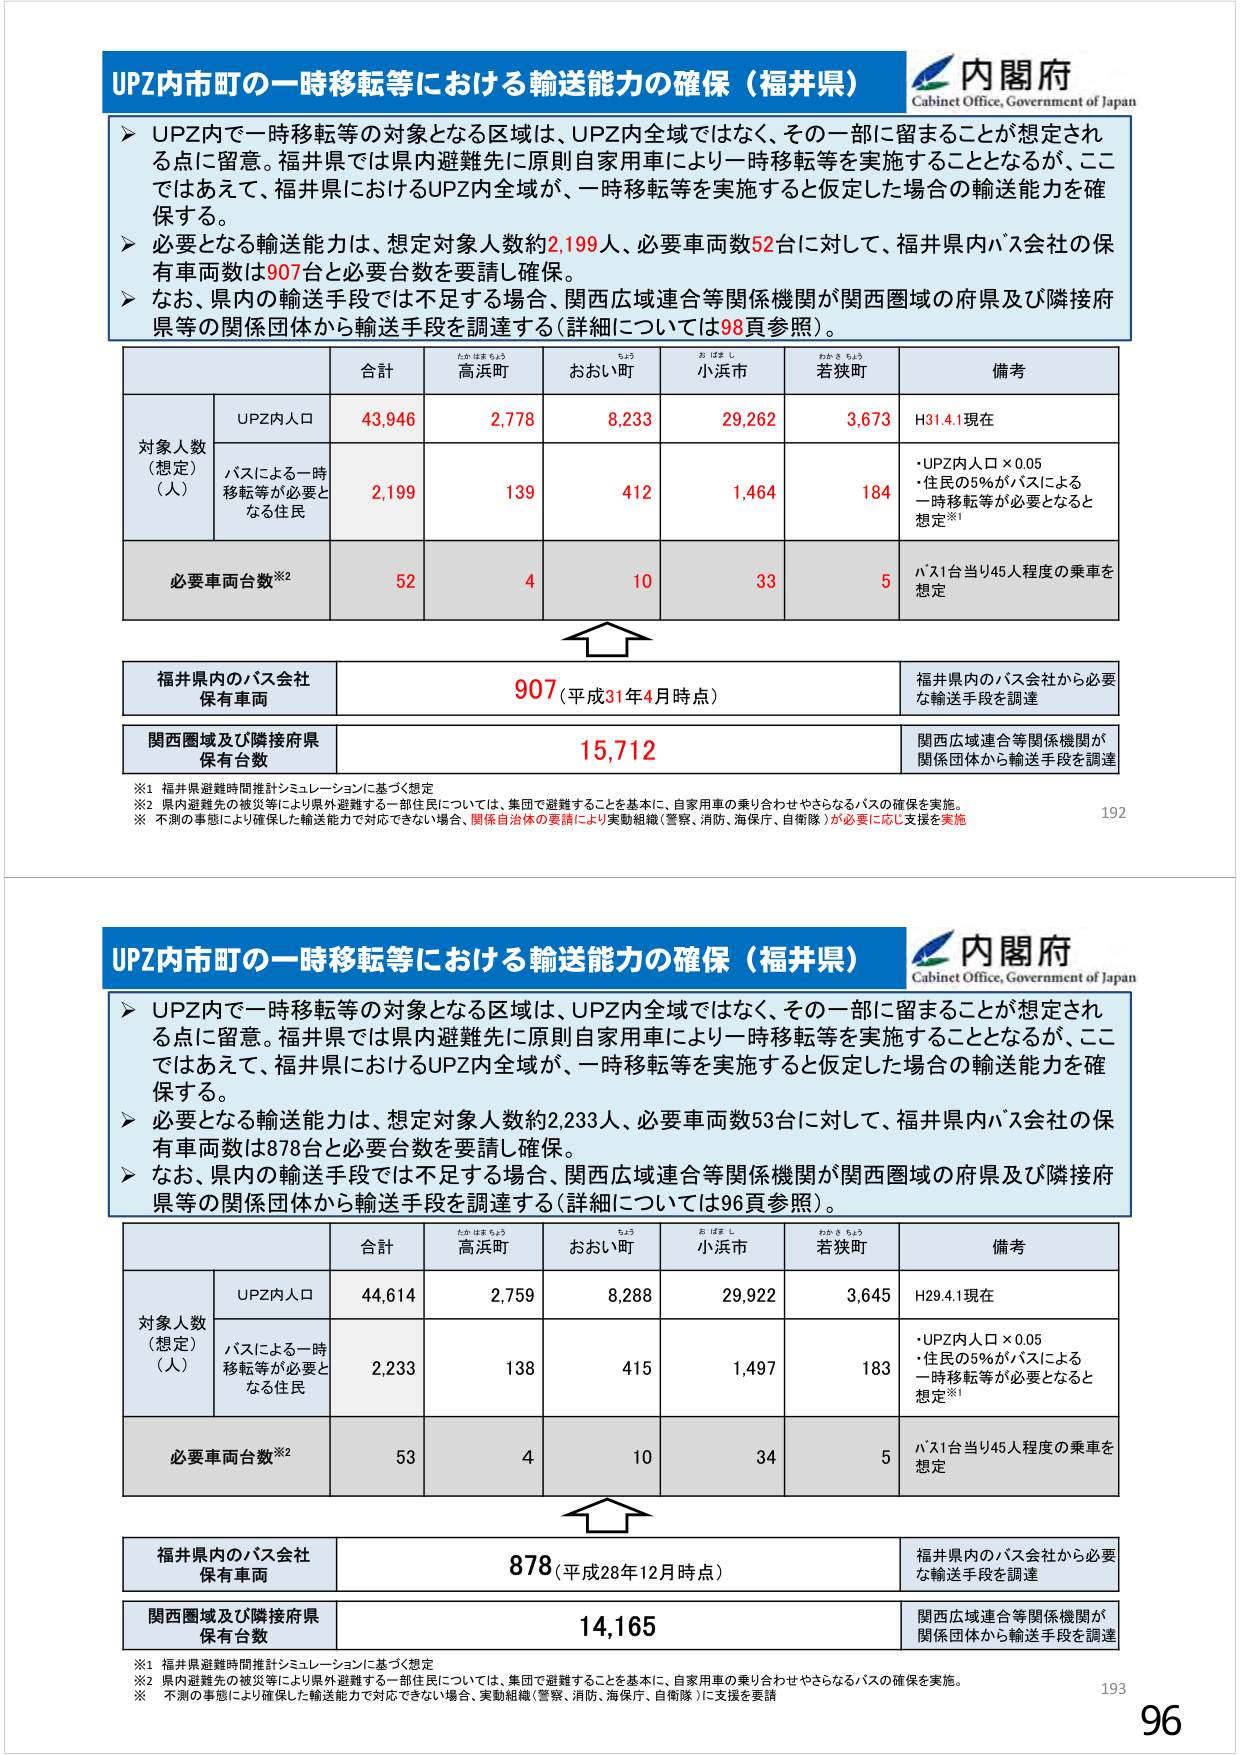
UPZ内市町の一時移転等における輸送能力の確保（福井県）
内閣府
Cabinet Office, Government of Japan

➤ UPZ内で一時移転等の対象となる区域は、UPZ内全域ではなく、その一部に留まることが想定される点に留意。福井県では県内避難先に原則自家用車により一時移転等を実施することとなるが、ここではあえて、福井県におけるUPZ内全域が、一時移転等を実施すると仮定した場合の輸送能力を確保する。
➤ 必要となる輸送能力は、想定対象人数約2,199人、必要車両数52台に対して、福井県内バス会社の保有車両数は907台と必要台数を要請し確保。
➤ なお、県内の輸送手段では不足する場合、関西広域連合等関係機関が関西圏域の府県及び隣接府県等の関係団体から輸送手段を調達する（詳細については98頁参照）。

| | 合計 | 高浜町 | おおい町 | 小浜市 | 若狭町 | 備考 |
|---|---|---|---|---|---|---|
| 対象人数（想定）（人） | | | | | | |
| UPZ内人口 | 43,946 | 2,778 | 8,233 | 29,262 | 3,673 | H31.4.1現在 |
| バスによる一時移転等が必要となる住民 | 2,199 | 139 | 412 | 1,464 | 184 | ・UPZ内人口×0.05<br>・住民の5%がバスによる一時移転等が必要となると想定※1 |
| 必要車両台数※2 | 52 | 4 | 10 | 33 | 5 | バス1台当り45人程度の乗車を想定 |

福井県内のバス会社保有車両　907（平成31年4月時点）　福井県内のバス会社から必要な輸送手段を調達
関西圏域及び隣接府県保有台数　15,712　関西広域連合等関係機関が関係団体から輸送手段を調達

※1 福井県避難時間推計シミュレーションに基づく想定
※2 県内避難先の被災等により県外避難する一部住民については、集団で避難することを基本に、自家用車の乗り合わせやさらなるバスの確保を実施。
※ 不測の事態により確保した輸送能力で対応できない場合、関係自治体の要請により実動組織（警察、消防、海保庁、自衛隊）が必要に応じ支援を実施

192

UPZ内市町の一時移転等における輸送能力の確保（福井県）
内閣府
Cabinet Office, Government of Japan

➤ UPZ内で一時移転等の対象となる区域は、UPZ内全域ではなく、その一部に留まることが想定される点に留意。福井県では県内避難先に原則自家用車により一時移転等を実施することとなるが、ここではあえて、福井県におけるUPZ内全域が、一時移転等を実施すると仮定した場合の輸送能力を確保する。
➤ 必要となる輸送能力は、想定対象人数約2,233人、必要車両数53台に対して、福井県内バス会社の保有車両数は878台と必要台数を要請し確保。
➤ なお、県内の輸送手段では不足する場合、関西広域連合等関係機関が関西圏域の府県及び隣接府県等の関係団体から輸送手段を調達する（詳細については96頁参照）。

| | 合計 | 高浜町 | おおい町 | 小浜市 | 若狭町 | 備考 |
|---|---|---|---|---|---|---|
| 対象人数（想定）（人） | | | | | | |
| UPZ内人口 | 44,614 | 2,759 | 8,288 | 29,922 | 3,645 | H29.4.1現在 |
| バスによる一時移転等が必要となる住民 | 2,233 | 138 | 415 | 1,497 | 183 | ・UPZ内人口×0.05<br>・住民の5%がバスによる一時移転等が必要となると想定※1 |
| 必要車両台数※2 | 53 | 4 | 10 | 34 | 5 | バス1台当り45人程度の乗車を想定 |

福井県内のバス会社保有車両　878（平成28年12月時点）　福井県内のバス会社から必要な輸送手段を調達
関西圏域及び隣接府県保有台数　14,165　関西広域連合等関係機関が関係団体から輸送手段を調達

※1 福井県避難時間推計シミュレーションに基づく想定
※2 県内避難先の被災等により県外避難する一部住民については、集団で避難することを基本に、自家用車の乗り合わせやさらなるバスの確保を実施。
※ 不測の事態により確保した輸送能力で対応できない場合、実動組織（警察、消防、海保庁、自衛隊）に支援を要請

193
96